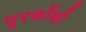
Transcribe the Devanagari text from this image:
पूरकोंकी